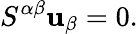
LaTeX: S^{\alpha\beta}\mathbf{u}_{\beta}=0.